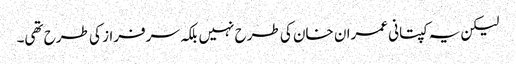
لیکن یہ کپتانی عمران خان کی طرح نہیں بلکہ سرفراز کی طرح تھی۔